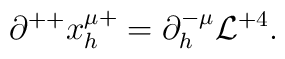
\partial^{++} x^{\mu +}_h = \partial^{-\mu}_h {\cal L}^{+4}                   .